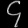
Digit: ၄